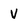
Character: v